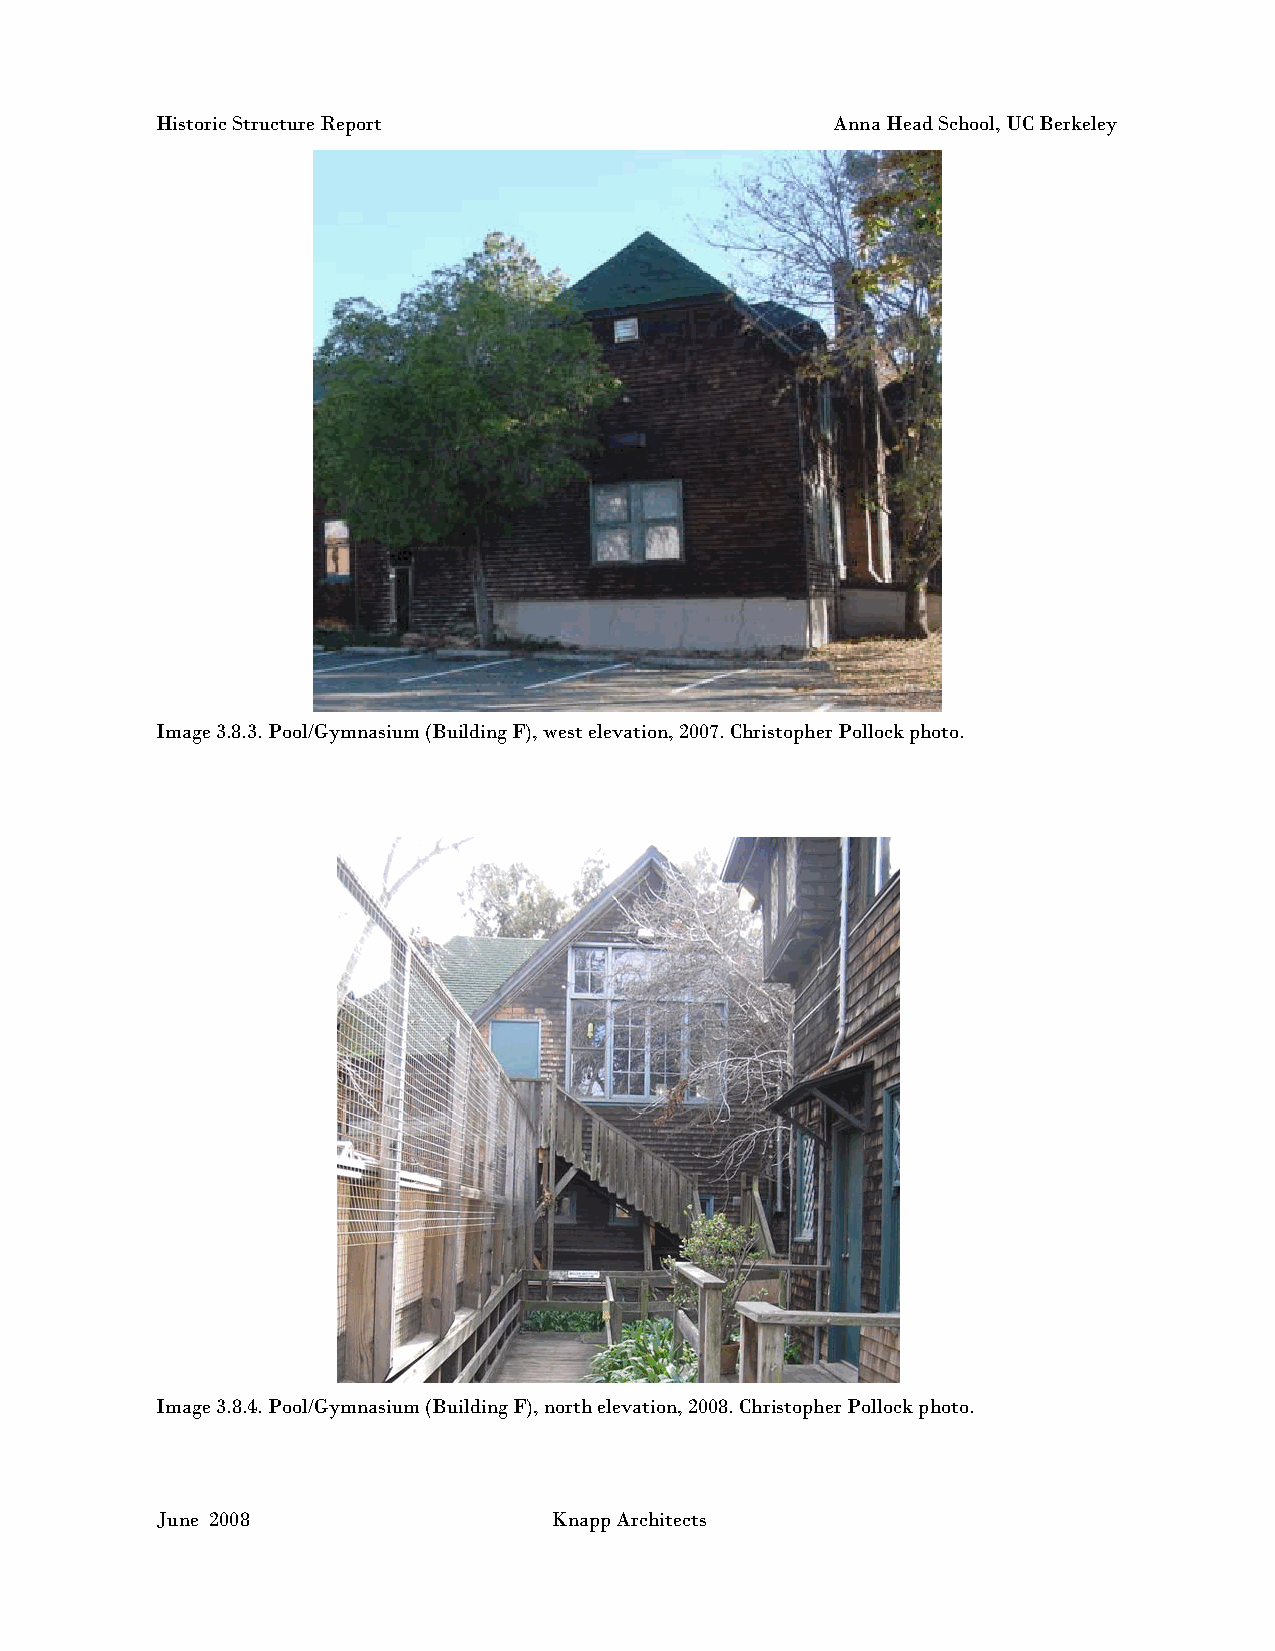
Historic Structure Report                    Anna Head School, UC Berkeley
 Image 3.8.3. Pool/Gymnasium (Building F), west elevation, 2007. Christopher Pollock photo.
 Image 3.8.4. Pool/Gymnasium (Building F), north elevation, 2008. Christopher Pollock photo.
 June 2008                 Knapp Architects